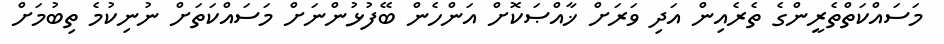
މަސައްކަތްތެރީންގެ ތެރެއިން އަދި ވަރަށް ޚާއްޞަކޮށް އަންހެން ބޭފުޅުންނަށް މަސައްކަތަށް ނުނިކުމެ ތިބުމަށް